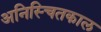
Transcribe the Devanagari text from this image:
अनिस्चितकाल